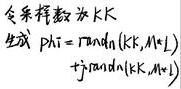
令采样数为\(k\)，生成 \(\text{phi}=\text{randn}(k,k,M + 1)+j\text{randn}(k,k,M + 1)\)